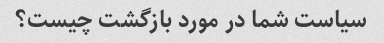
سیاست شما در مورد بازگشت چیست؟